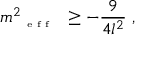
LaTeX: m _ { \textrm { { \tiny { e f f } } } } ^ { 2 } \geq - \frac { 9 } { 4 l ^ { 2 } } \; ,